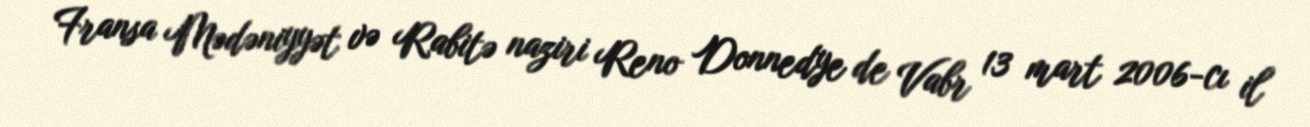
Fransa Mədəniyyət və Rabitə naziri Reno Donnedye de Vabr 13 mart 2006-cı il